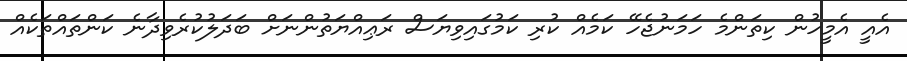
އެއީ އެމީހުން ކިތަންމެ ހަމަނުޖެހޭ ކަމެއް ކުރި ކަމުގައިވިޔަސް ރަޢިއްޔަތުންނަށް ބަދަލުކުރެވިދާނެ ކަންތައްތަކެއް